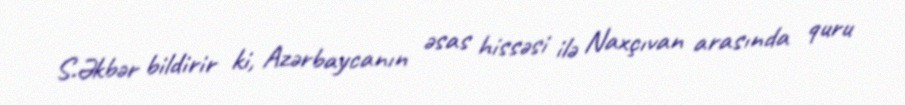
S.Əkbər bildirir ki, Azərbaycanın əsas hissəsi ilə Naxçıvan arasında quru